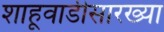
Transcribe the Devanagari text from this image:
शाहूवाडीसारख्या